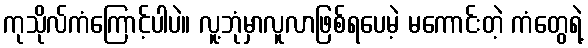
ကုသိုလ်ကံကြောင့်ပါပဲ။ လူ့ဘုံမှာလူလာဖြစ်ရပေမဲ့ မကောင်းတဲ့ ကံတွေရဲ့